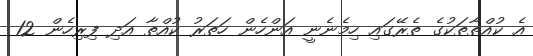
އެ ކުއްތާތަކުގެ ތެރޭގައި ހިމެނެނީ އަންހެން ހަތަރުު ކުއްތާ އަދި ފިރިހެން 12